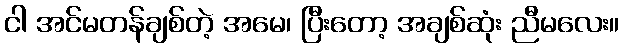
ငါ အင်မတန်ချစ်တဲ့ အမေ၊ ပြီးတော့ အချစ်ဆုံး ညီမလေး။